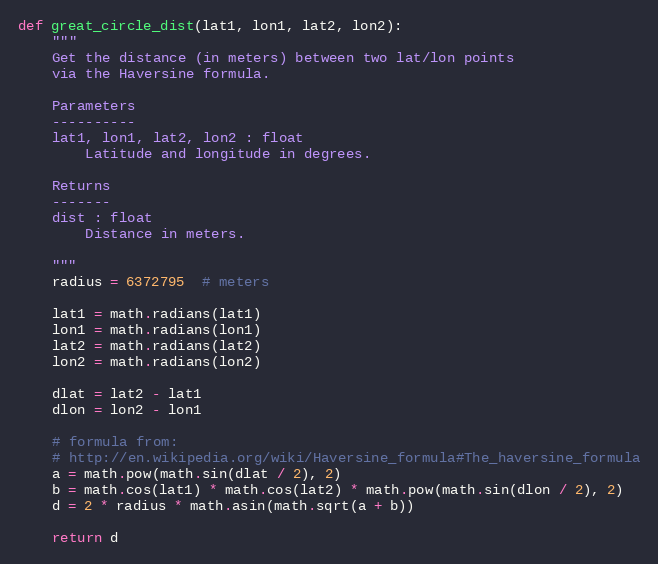
Language: Python
def great_circle_dist(lat1, lon1, lat2, lon2):
    """
    Get the distance (in meters) between two lat/lon points
    via the Haversine formula.

    Parameters
    ----------
    lat1, lon1, lat2, lon2 : float
        Latitude and longitude in degrees.

    Returns
    -------
    dist : float
        Distance in meters.

    """
    radius = 6372795  # meters

    lat1 = math.radians(lat1)
    lon1 = math.radians(lon1)
    lat2 = math.radians(lat2)
    lon2 = math.radians(lon2)

    dlat = lat2 - lat1
    dlon = lon2 - lon1

    # formula from:
    # http://en.wikipedia.org/wiki/Haversine_formula#The_haversine_formula
    a = math.pow(math.sin(dlat / 2), 2)
    b = math.cos(lat1) * math.cos(lat2) * math.pow(math.sin(dlon / 2), 2)
    d = 2 * radius * math.asin(math.sqrt(a + b))

    return d